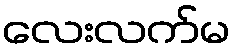
လေးလက်မ